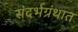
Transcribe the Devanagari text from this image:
संदर्भग्रंथात